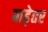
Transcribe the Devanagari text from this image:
बाढ़ेतर